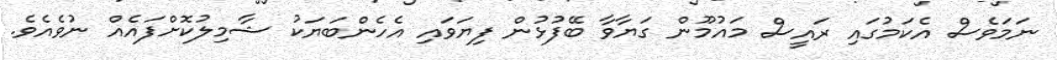
ނަމަވެސް އެކަމުގައި ރައީސް މައުމޫން ގަޔާވާ ބޭފުޅުން ފިޔަވައި އެހެންބަޔަކު ޝާމިލުކޮށްފައެއް ނުވެއެވެ.